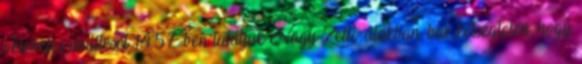
okleveles említését 1457-ben találjuk Nagy-Zellő alakban, bár kétségtelen, hogy